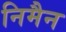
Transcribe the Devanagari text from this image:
निमैन